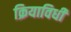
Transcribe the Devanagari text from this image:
क्रियाविधी